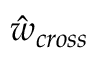
\hat { w } _ { c r o s s }